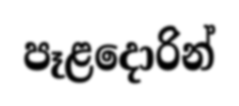
පෑළදොරින්